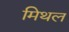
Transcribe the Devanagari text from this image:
मिथल